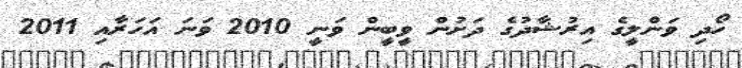
ހޯދި ވަންލީގެ އިރުޝާދުގެ ދަށުން ވީބީން ވަނީ 2010 ވަނަ އަހަރާއި 2011